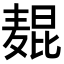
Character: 𬹋